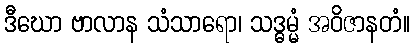
ဒီဃော ဗာလာန သံသာရော၊ သဒ္ဓမ္မံ အဝိဇာနတံ။